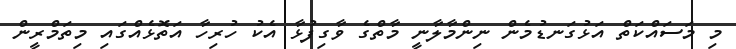
މި މަސައްކަތް އަޅުގަނޑުމެން ނިންމާލާނީ މާތްގެ ވާގިފުޅާ އެކު ހުރިހާ އަތޮޅެއްގައި މިތަމްރީން